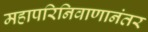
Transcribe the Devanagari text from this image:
महापरिनिवाणानंतर